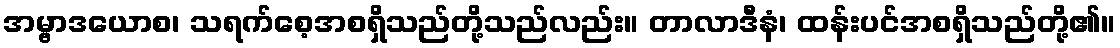
အမ္ဗာဒယောစ၊ သရက်စေ့အစရှိသည်တို့သည်လည်း။ တာလာဒီနံ၊ ထန်းပင်အစရှိသည်တို့၏။